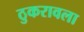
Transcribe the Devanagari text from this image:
ठुकरावला